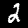
Digit: 2